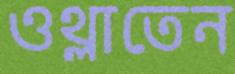
ওথ্‌লাতেন